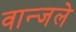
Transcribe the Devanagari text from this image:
वान्जले